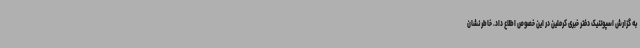
به گزارش اسپوتنیک دفتر خبری کرملین در این خصوص اطلاع داد. خاطر نشان